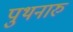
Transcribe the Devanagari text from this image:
पुथनारु